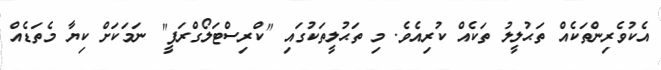
އެކުވެރިންތަކެއް ތަޙުލީލު ތަކެއް ކުރިއެވެ. މި ތަޙުލީތަކުގައި "ކްރިސްޓަލޯގްރަފީ" ނަމަކަށް ކިޔާ މެތަޑެއް